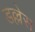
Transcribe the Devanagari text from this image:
डल्लेस